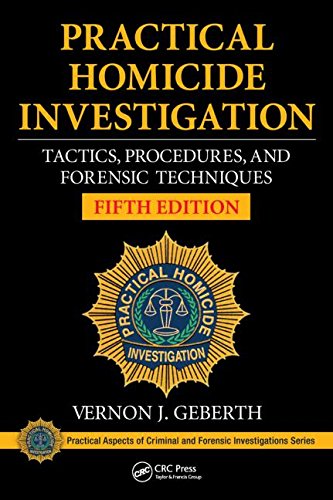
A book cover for Practical Homicide Investigation: Tactics, Procedures, and Forensic Techniques, Fifth Edition (Practical Aspects of Criminal and Forensic Investigations); Vernon J. Geberth; Law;